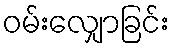
ဝမ်းလျှောခြင်း